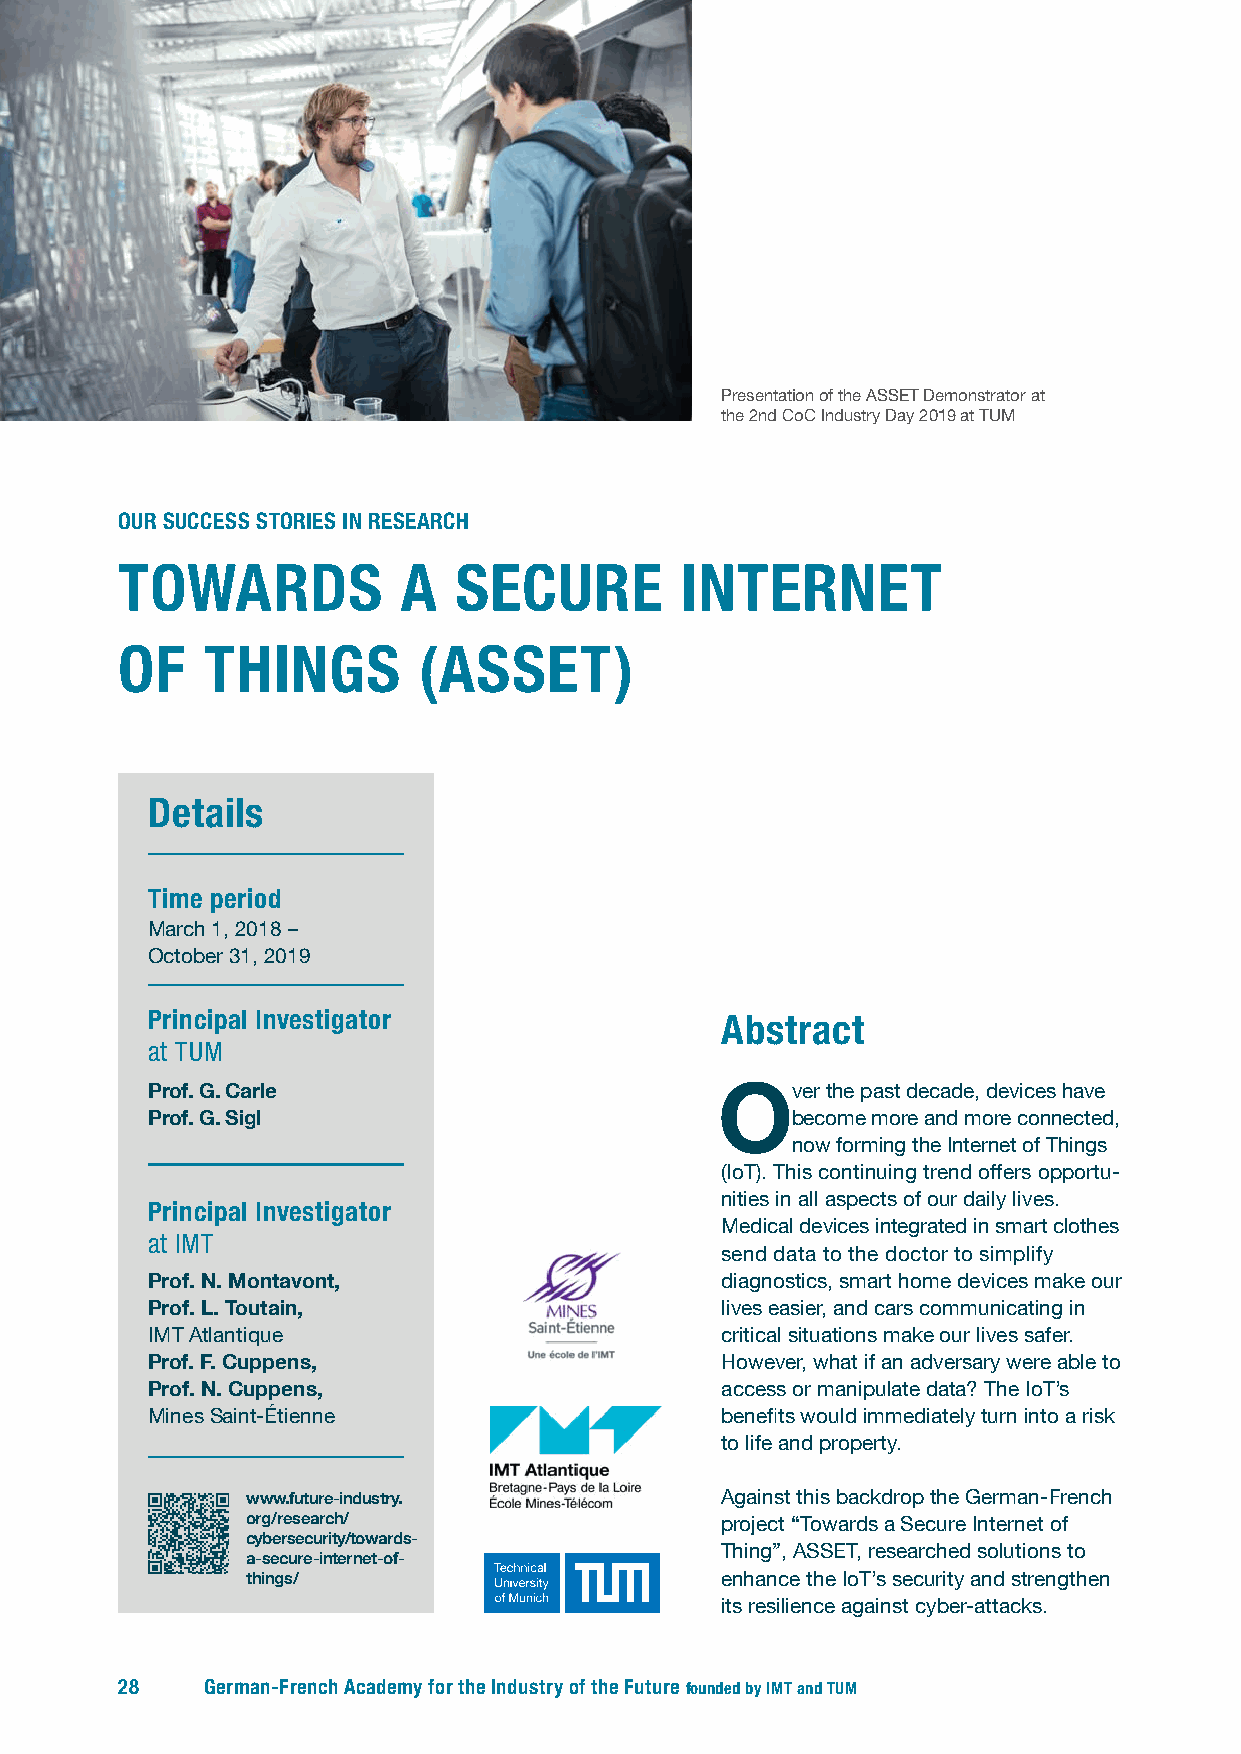
Presentation of the ASSET Demonstrator at
 the 2nd CoC Industry Day 2019 at TUM
 OUR SUCCESS STORIES IN RESEARCH
 TOWARDS            A  SECURE         INTERNET
 OF   THINGS         (ASSET)
 Details
 Time period
 March 1, 2018 –
 October 31, 2019
 Principal Investigator                Abstract
 at TUM
 Prof. G. Carle                       Over    the past decade, devices have
 Prof. G. Sigl                             become more and more connected,
 now forming the Internet of Things
 (IoT). This continuing trend offers opportu-
 nities in all aspects of our daily lives.
 Principal Investigator
 Medical d evices integrated in smart clothes
 at IMT
 send data to the doctor to simplify
 Prof. N. Montavont,                   diagnostics, smart home devices make our
 Prof. L. Toutain,                     lives easier, and cars communicating in
 IMT Atlantique                        critical situations make our lives safer.
 Prof. F. Cuppens,                     However, what if an adversary were able to
 Prof. N. Cuppens,                     access or manip u late data? The IoT’s
 Mines Saint-Étienne                   benefits would immediately turn into a risk
 to life and property.
 www.future-industry.            Against this backdrop the German- French
 org/research/                   project “Towards a Secure Internet of
 cybersecurity/towards-
 Thing”, ASSET, researched solutions to
 a-secure-internet-of-
 things/                         enhance the IoT’s security and strengthen
 its resilience against cyber-attacks.
 28    German-French Academy for the Industry of the Future founded by IMT and TUM